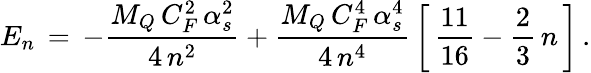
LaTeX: E_{n}\, =\, -\frac{M_{Q}\, C_{F}^{2}\, \alpha_{s}^{2}}{4\, n^{2}}+\frac{M_{Q}\, C_{F}^{4}\, \alpha_{s}^{4}}{4\, n^{4}}\, \bigg[\, \frac{11}{16}-\frac{2}{3}\, n\, \bigg]\, .